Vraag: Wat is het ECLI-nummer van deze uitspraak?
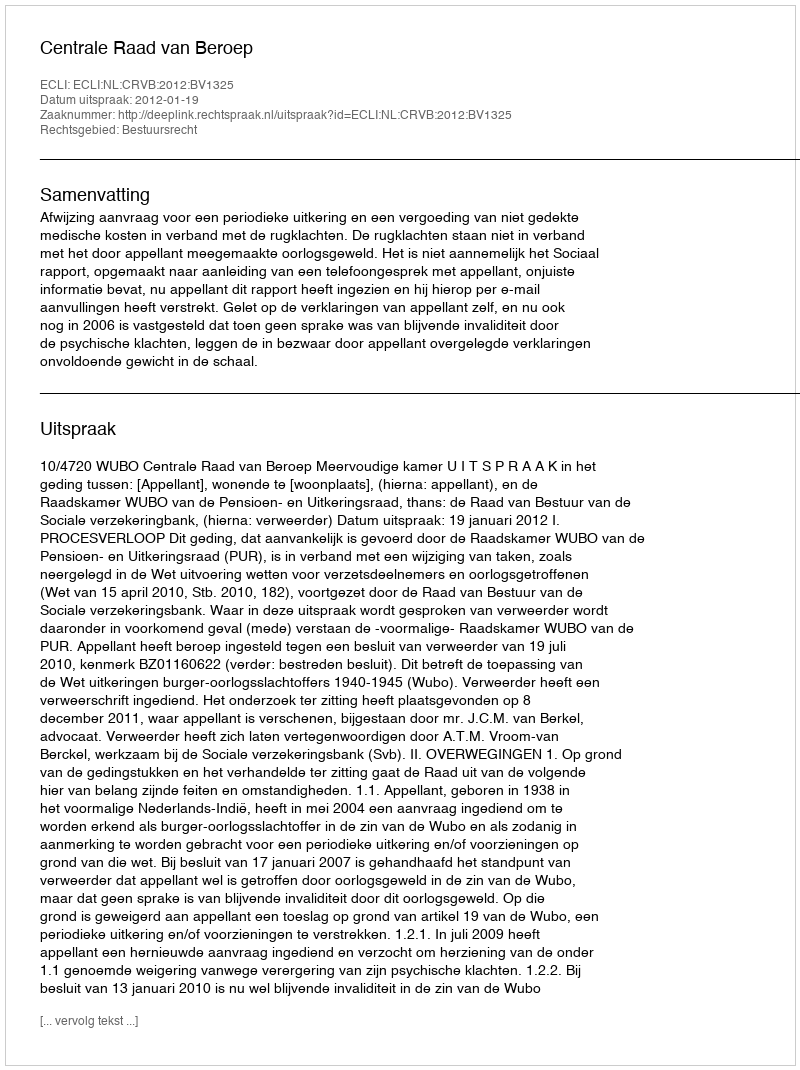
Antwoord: ECLI:NL:CRVB:2012:BV1325